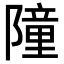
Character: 𮥤